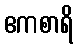
ဧကစာရိ